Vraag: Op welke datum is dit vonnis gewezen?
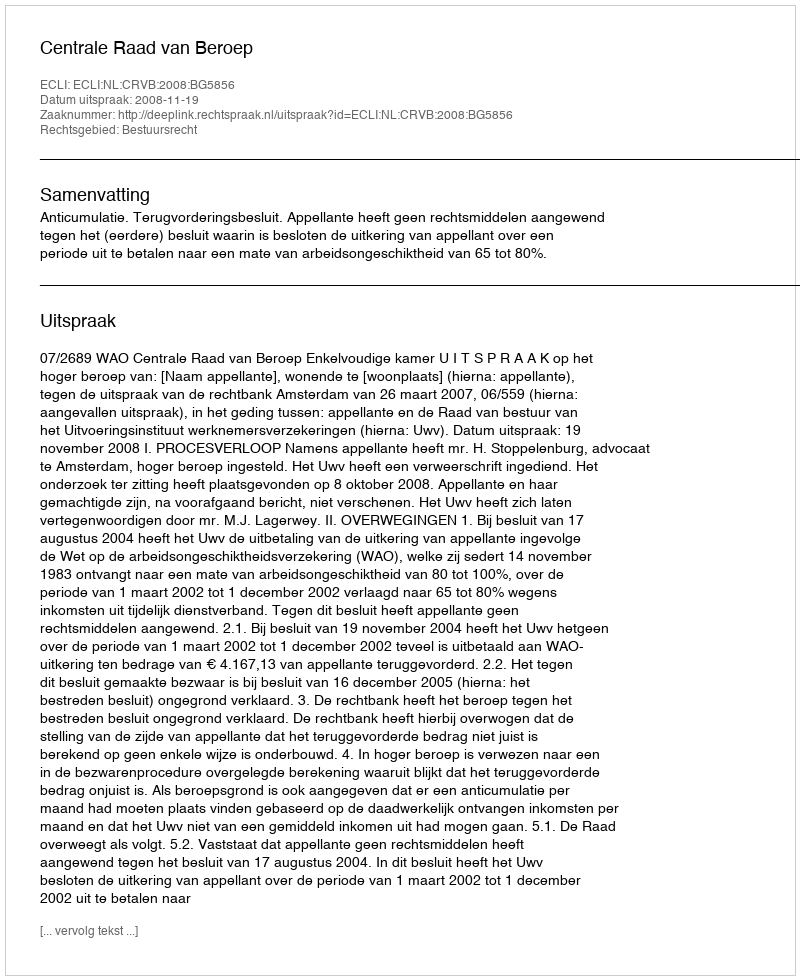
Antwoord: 2008-11-19